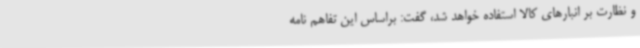
و نظارت بر انبارهای کالا استفاده خواهد شد، گفت: براساس این تفاهم نامه